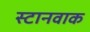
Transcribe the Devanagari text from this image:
स्टानवाक